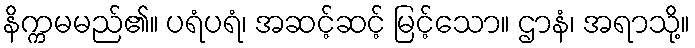
နိက္ကမမည်၏။ ပရံပရံ၊ အဆင့်ဆင့် မြင့်သော။ ဌာနံ၊ အရာသို့။